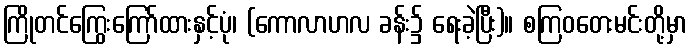
ကြိုတင်ကြွေးကြော်ထားနှင့်ပုံ၊ (ကောလာဟလ ခန်း၌ ရေးခဲ့ပြီး)။ စကြဝတေးမင်းတို့မှာ